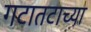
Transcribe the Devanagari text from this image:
गटातटाच्या